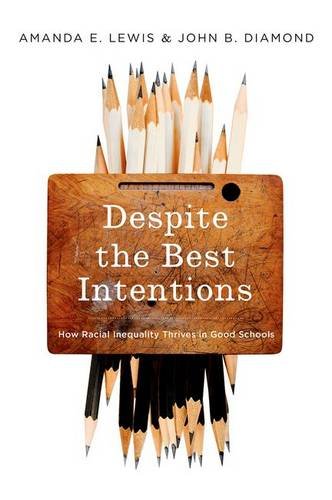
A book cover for Despite the Best Intentions: How Racial Inequality Thrives in Good Schools (Transgressing Boundaries: Studies in Black Politics and Black Communities); Amanda E. Lewis; History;